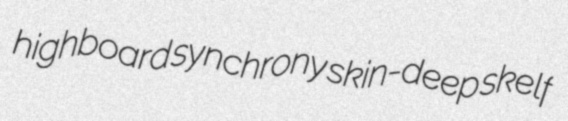
highboard synchrony skin-deep skelf